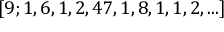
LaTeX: [ 9 ; 1 , 6 , 1 , 2 , 4 7 , 1 , 8 , 1 , 1 , 2 , . . . ]